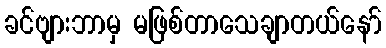
ခင်ဗျားဘာမှ မဖြစ်တာသေချာတယ်နော်